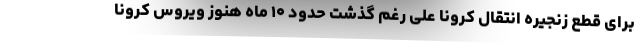
برای قطع زنجیره انتقال کرونا علی رغم گذشت حدود ۱۰ ماه هنوز ویروس کرونا